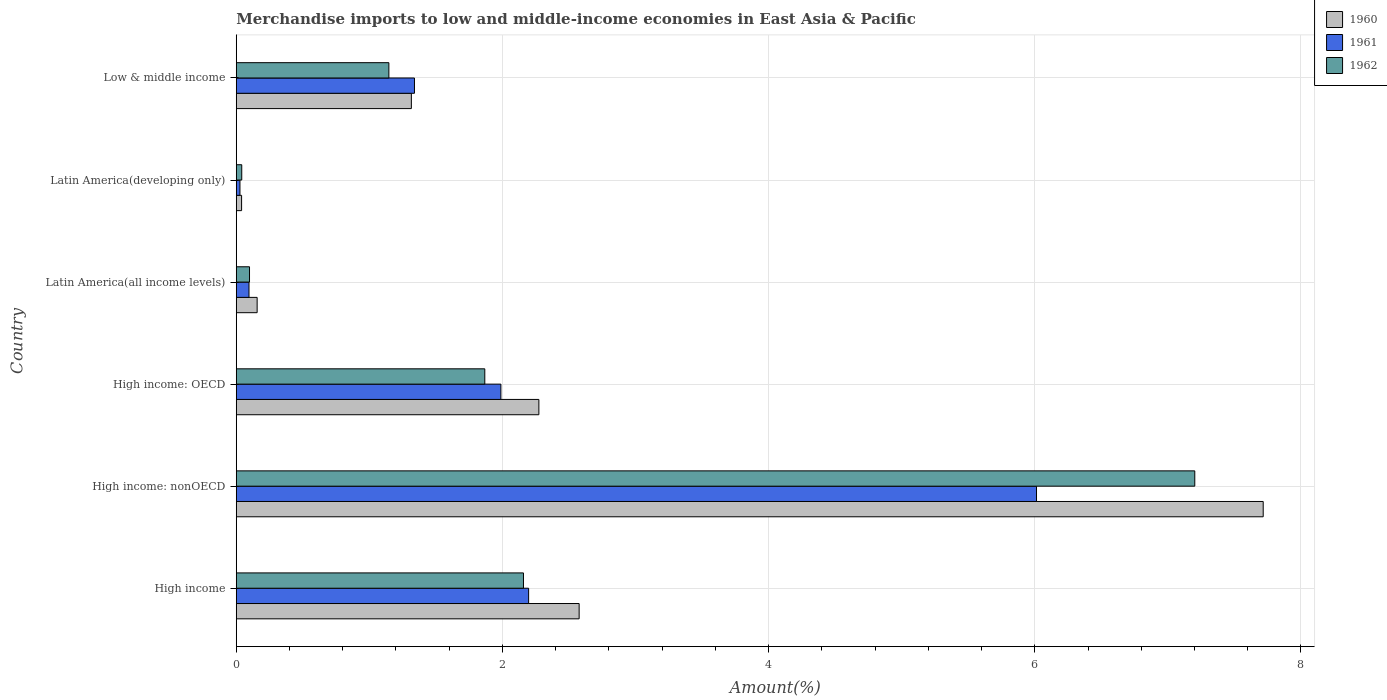
| Country | 1960 | 1961 | 1962 |
 | --- | --- | --- | --- |
 | High income | 2.58 | 2.2 | 2.16 |
 | High income: nonOECD | 7.72 | 6.01 | 7.2 |
 | High income: OECD | 2.27 | 1.99 | 1.87 |
 | Latin America(all income levels) | 0.157 | 0.0958 | 0.0996 |
 | Latin America(developing only) | 0.0401 | 0.0278 | 0.0413 |
 | Low & middle income | 1.32 | 1.34 | 1.15 |